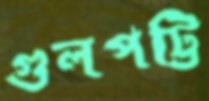
গুলপট্টি